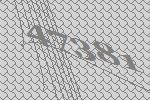
47381